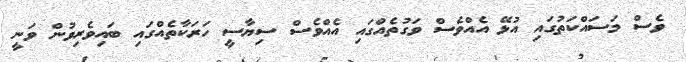
ވެސް މަސައްކަތުގައި އުޅޭ އެއްވެސް ވަގުތެއްގައި އެއްވެސް ސިޔާސީ ހަރަކާތެއްގައި ބައިވެރިވުން ވަނީ